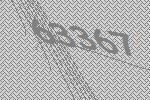
63367